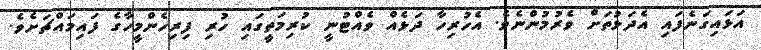
އަޅައިގަނެފައި އެދަޅުތަށް ވެރުމުންނެވެ. އެހުރިހާ ދަޅެއް ވެއްޓުނީ ކުރިމަތީގައި ހުރި ފިރިހެންމީހާގެ ފައިމައްޗަށެވެ.